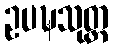
ဥပဍ္ဎသုတ္တ